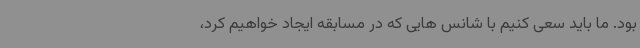
بود. ما باید سعی کنیم با شانس هایی که در مسابقه ایجاد خواهیم کرد،